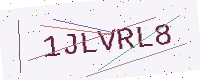
Text: 1JLVRL8